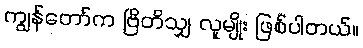
ကျွန်တော်က ဗြိတိသျှ လူမျိုး ဖြစ်ပါတယ်။